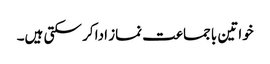
خواتین باجماعت نماز ادا کر سکتی ہیں۔